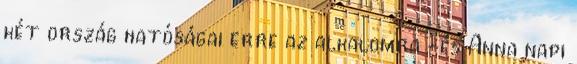
két ország hatóságai erre az alkalomra -és Anna napi